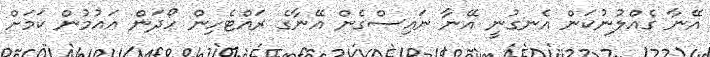
އޭނާ ގެއްލުނުކަން އެނގުނީ އޭނާ ނައިސްގެން އޭނާގެ ރައްޓެހިން ހޯދަން އައުމުން ކަމަށް